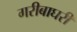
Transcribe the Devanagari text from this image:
गरीबाघरी